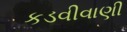
કડવીવાણી